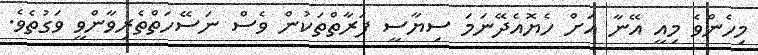
މިހެންވެ މިއީ އޭނާ އަށް ހެޔޮއެދޭނަމަ ސިޔާސީ ފަރާތްތަކުން ވެސް ނަސޭހަތްތެރިވާންވީ ވަގުތެވެ.